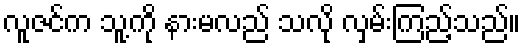
လူဇင်က သူ့ကို နားမလည် သလို လှမ်းကြည့်သည်။